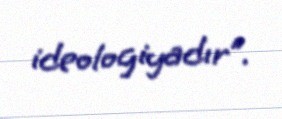
ideologiyadır”.